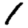
Digit: 1